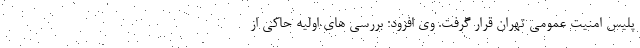
پلیس امنیت عمومی تهران قرار گرفت. وی افزود: بررسی های اولیه حاکی از